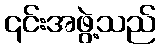
၎င်းအဖွဲ့သည်